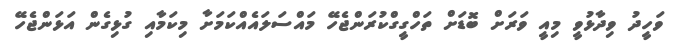
ވަހީދު ވިދާޅުވީ މިއީ ވަރަށް ބޮޑަށް ތަހްގީގްކުރަންޖެހޭ މައްސަލައެއްކަމަށާ މިކަމާއި ގުޅިގެން އަޅަންޖެހޭ